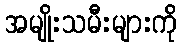
အမျိုးသမီးများကို